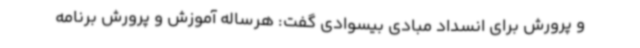
و پرورش برای انسداد مبادی بیسوادی گفت: هرساله آموزش و پرورش برنامه